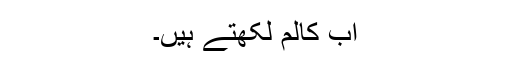
اب کالم لکھتے ہیں۔